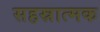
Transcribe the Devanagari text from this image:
सहस्रात्मक